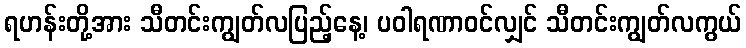
ရဟန်းတို့အား သီတင်းကျွတ်လပြည့်နေ့၊ ပဝါရဏာဝင်လျှင် သီတင်းကျွတ်လကွယ်